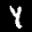
Label: 4